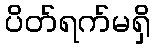
ပိတ်ရက်မရှိ